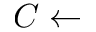
C \leftarrow